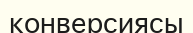
конверсиясы